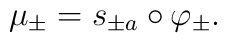
\mu_\pm = s_{\pm a} \circ \varphi_\pm.